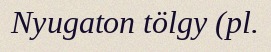
Nyugaton tölgy (pl.